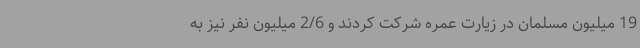
19 میلیون مسلمان در زیارت عمره شرکت کردند و 2/6 میلیون نفر نیز به